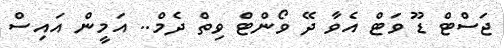
ޖަސްޓް ޑޫ ވަޓް އެވާ ދޭ ވޯންޓް ވިތް ދެމް.. އަމީން އައިސް